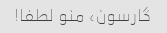
گارسون، منو لطفا!